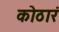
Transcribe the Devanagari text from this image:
कोठारं